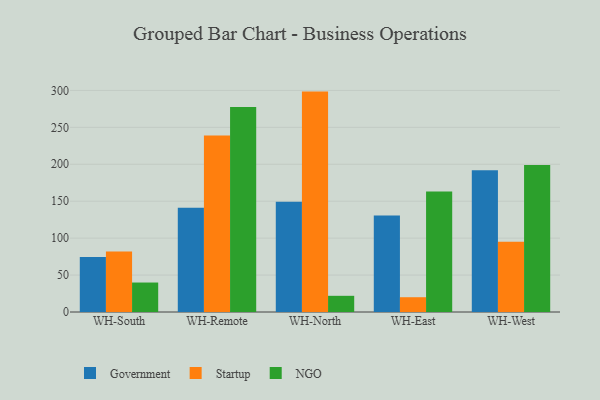
{"axis": {"x": "Warehouse", "y": "Latency (ms)"}, "legend": ["Government", "NGO", "Startup"], "data": [{"x": "WH-South", "y": 74.3, "type": "Government"}, {"x": "WH-South", "y": 81.9, "type": "Startup"}, {"x": "WH-South", "y": 39.9, "type": "NGO"}, {"x": "WH-Remote", "y": 141.1, "type": "Government"}, {"x": "WH-Remote", "y": 239.0, "type": "Startup"}, {"x": "WH-Remote", "y": 277.4, "type": "NGO"}, {"x": "WH-North", "y": 149.2, "type": "Government"}, {"x": "WH-North", "y": 298.4, "type": "Startup"}, {"x": "WH-North", "y": 21.9, "type": "NGO"}, {"x": "WH-East", "y": 130.5, "type": "Government"}, {"x": "WH-East", "y": 20.0, "type": "Startup"}, {"x": "WH-East", "y": 163.1, "type": "NGO"}, {"x": "WH-West", "y": 191.8, "type": "Government"}, {"x": "WH-West", "y": 95.2, "type": "Startup"}, {"x": "WH-West", "y": 199.0, "type": "NGO"}]}